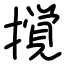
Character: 撹